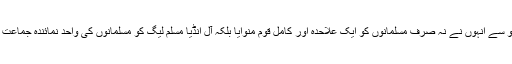
کیونکہ اس کی رو سے انہوں نے نہ صرف مسلمانوں کو ایک علاحدہ اور کامل قوم منوایا بلکہ آل انڈیا مسلم لیگ کو مسلمانوں کی واحد نمائندہ جماعت بھی تسلیم کروایا۔